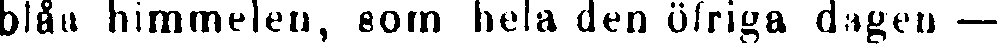
blån himmelen, som hela den öfriga dagen —